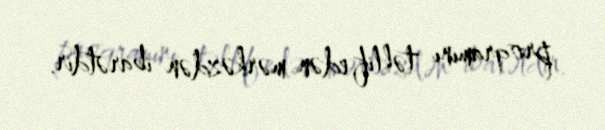
proqramını təklif edən mərkəzdən ibarətdir.